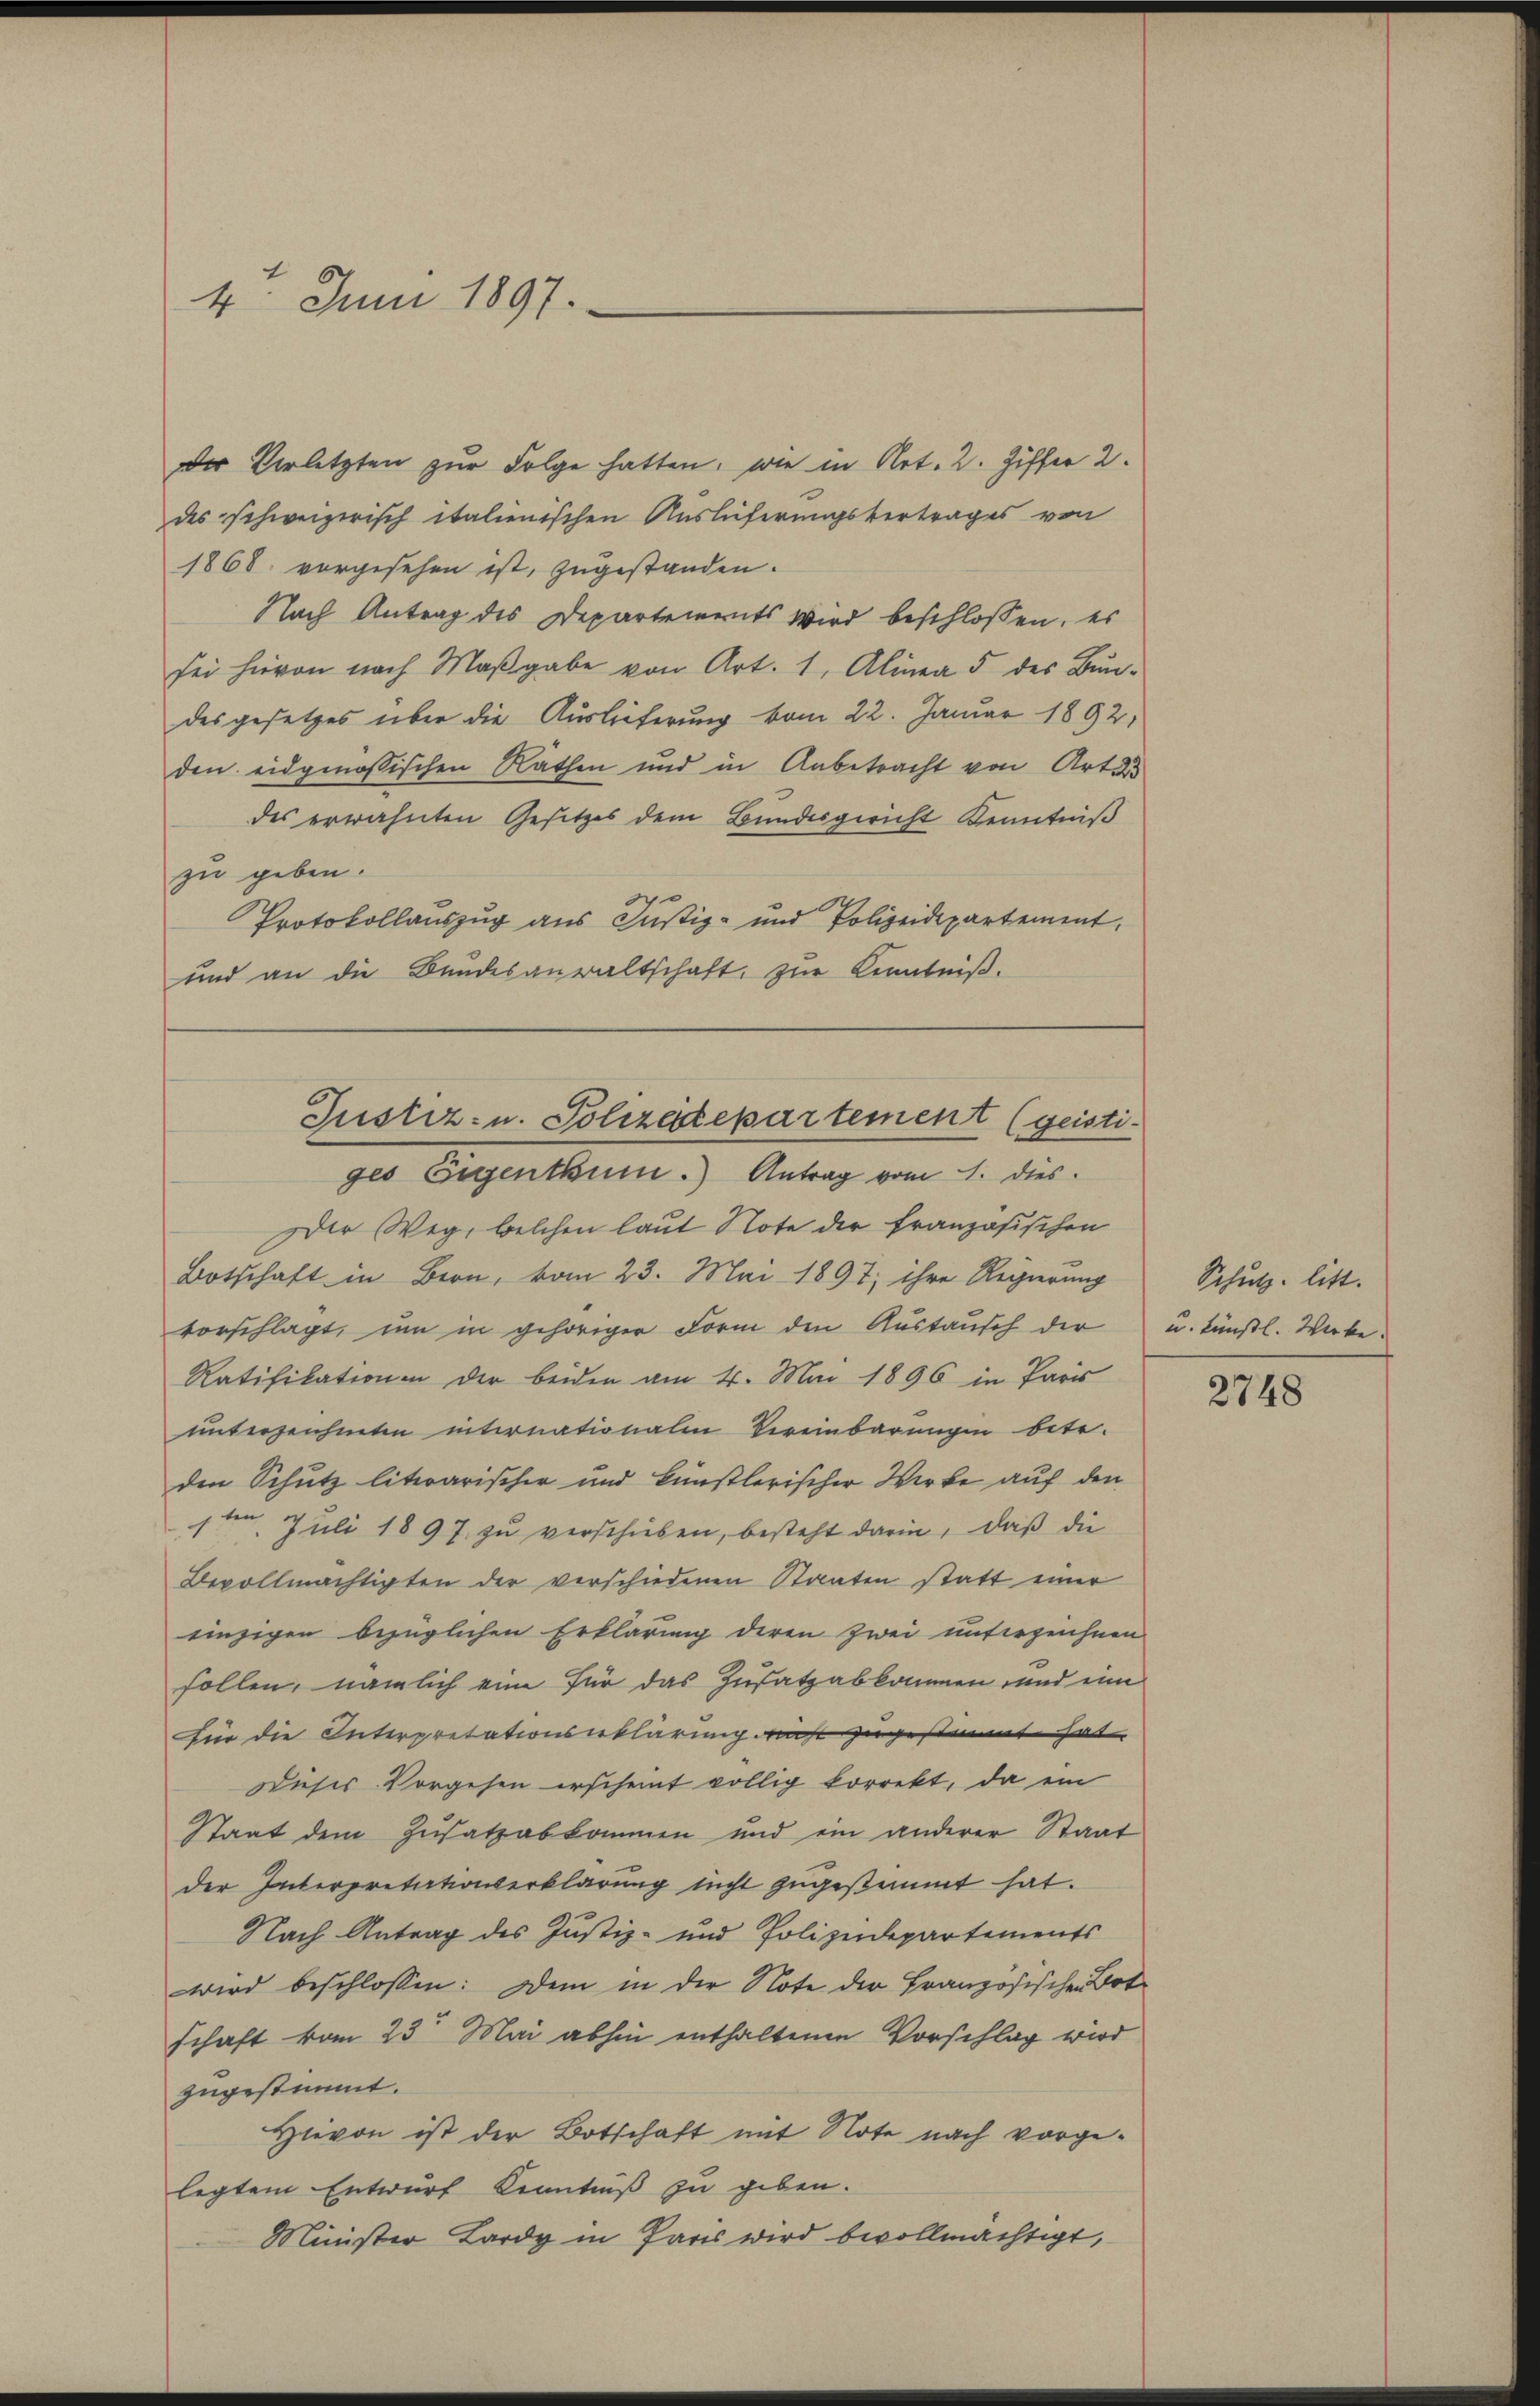
4. Juni 1897.

der Verletzten zur Folge hatten, wie in Art. 2. Ziffer 2.
des schweizerisch italienischen Auslieferungsvertrages von
1868 vorgesehen ist, zugestanden.
Nach Antrag des Departements Wird beschlossen, es
sei hievon nach Maβgabe von Art. 1, Alinea 5 des Bun-
desgesetzes über die Auslieferung vom 22. Januar 1892.
den eidgenössischen Rathen und in Anbetracht von Artus
des erwähnten Gesetzes dem Bundesgericht Kenntniß
zu geben.
Protokollauszug aus Justiz- und Polizeidepartement
und an die Bundesanwaltschaft zur Kenntniß.
oder Weg, welchen laut Note der französischen
Botschaft in Bern, vom 23. Mai 1897; ihre Regierung
vorschlagt, um in gehöriger Form den Austausch der
Ratifikationen der beiden am 4. Mai 1896 in Paris
unterzeichneten internationalen Vereinbarungen betr.
den Schutz literarischer und künstlerischer Werke auf den
1ten Juli 1897 zu verschieben, besteht darin, daß die
Bevollmächtigten der verschiedenen Staaten statt einer
einzigen bezüglichen Erklärung deren zwei unterzeichnen
sollen, nämlich eine für das Zusatzabkommen und eine
Für die Interpretationserklärung nicht zugestimmt hat.
Dieses Vorgehen erscheint völlig korrekt, da ein
Staat dem Zusatzabkommen und ein anderer Staat
der Interpretationserklärung nicht zugestimmt hat.
Nach Antrag des Justiz- und Polizeidepartements
wird beschlossen: Dem in der Note der Französischen Botschaft vom 23t Mai abhin enthaltenen Vorschlag wird
zugestimmt.
Hievon ist der Botschaft mit Note nach vorgelegtem Entwurf Kenntniß zu geben.
Minister Lardy in Paris wird bevollmächtigt,

Justiz- u. Polizeitepartement (geisti-
ges Eigenthum.) Antrag vom 1. dies

Schutz litt.
u. künstl. Werbe.

2748